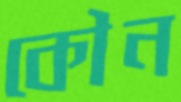
কৌন